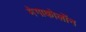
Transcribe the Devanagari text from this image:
मेगाकोलोंन